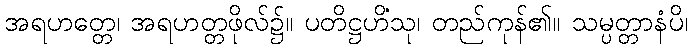
အရဟတ္တေ၊ အရဟတ္တဖိုလ်၌။ ပတိဋ္ဌဟိံသု၊ တည်ကုန်၏။ သမ္ပတ္တာနံပိ၊